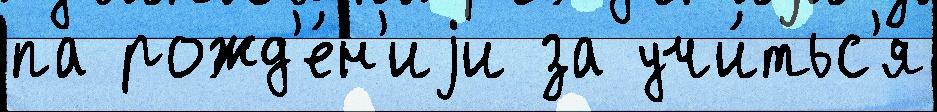
па рожд'е́н'иjи за учи́тьс'я